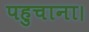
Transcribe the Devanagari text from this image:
पहुचाना।